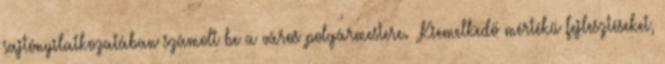
sajtónyilatkozatában számolt be a város polgármestere. „Kiemelkedő mértékű fejlesztéseket,